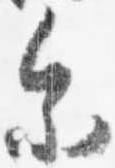
参